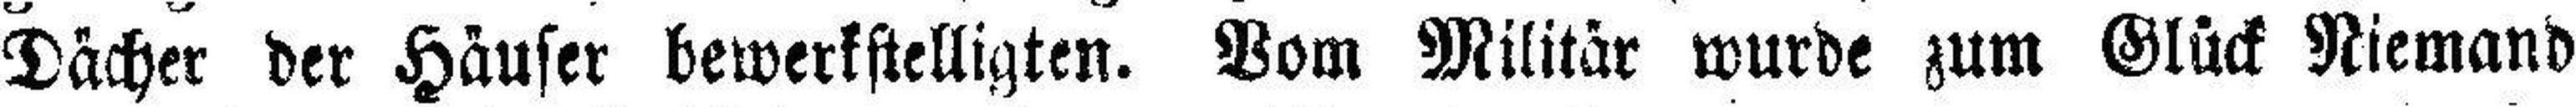
Dächer der Häuser bewerkstelligten. Vom Militär wurde zum Glück Niemand